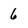
Character: 6